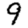
Digit: 9